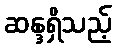
ဆန္ဒရှိသည့်